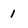
Character: 1